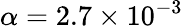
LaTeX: \alpha=2.7\times 10^{-3}